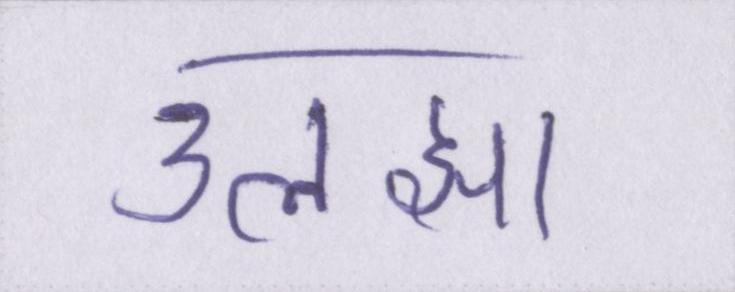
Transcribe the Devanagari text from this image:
उलझा